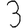
Digit: 3